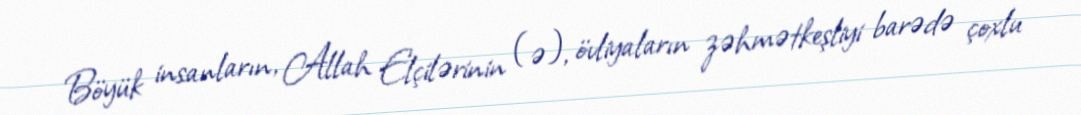
Böyük insanların, Allah Elçilərinin (ə), övliyaların zəhmətkeşliyi barədə çoxlu